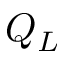
Q _ { L }